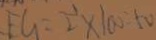
F G = \frac { 1 } { 2 } \times 1 0 0 = 1 0